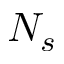
N _ { s }